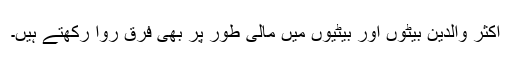
اکثر والدین بیٹوں اور بیٹیوں میں مالی طور پر بھی فرق روا رکھتے ہیں۔